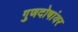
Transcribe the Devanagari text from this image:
गुणदोषांवर